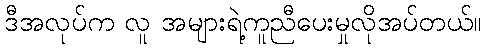
ဒီအလုပ်က လူ အများရဲ့ကူညီပေးမှုလိုအပ်တယ်။